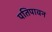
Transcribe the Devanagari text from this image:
पतिपावन